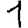
Digit: 1